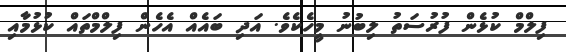
ފިލްމް ކުޅެން ފުރުސަތު ލިބުނު މީހެކެވެ. އަދި ބައެއް އެހެން ފިލްމްތައް ކުޅުމާއި